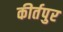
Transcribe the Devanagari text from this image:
कीर्तपुर